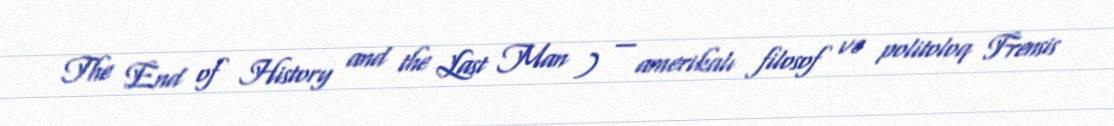
The End of History and the Last Man ) — amerikalı filosof və politoloq Frensis